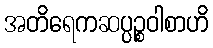
အတိရေကဆပ္ပဉ္စဝါစာဟိ